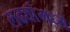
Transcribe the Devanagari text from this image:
लढ्यांमध्ये